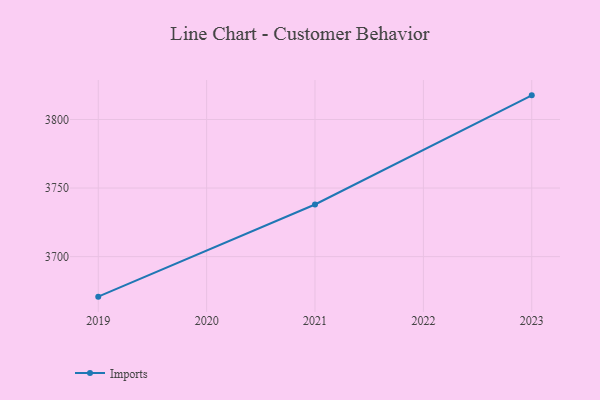
{"axis": {"x": "Year", "y": "Production Output"}, "legend": ["Imports"], "data": [{"x": "2019", "y": 3670.8, "type": "Imports"}, {"x": "2021", "y": 3738.0, "type": "Imports"}, {"x": "2023", "y": 3817.6, "type": "Imports"}]}